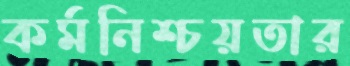
কর্মনিশ্চয়তার